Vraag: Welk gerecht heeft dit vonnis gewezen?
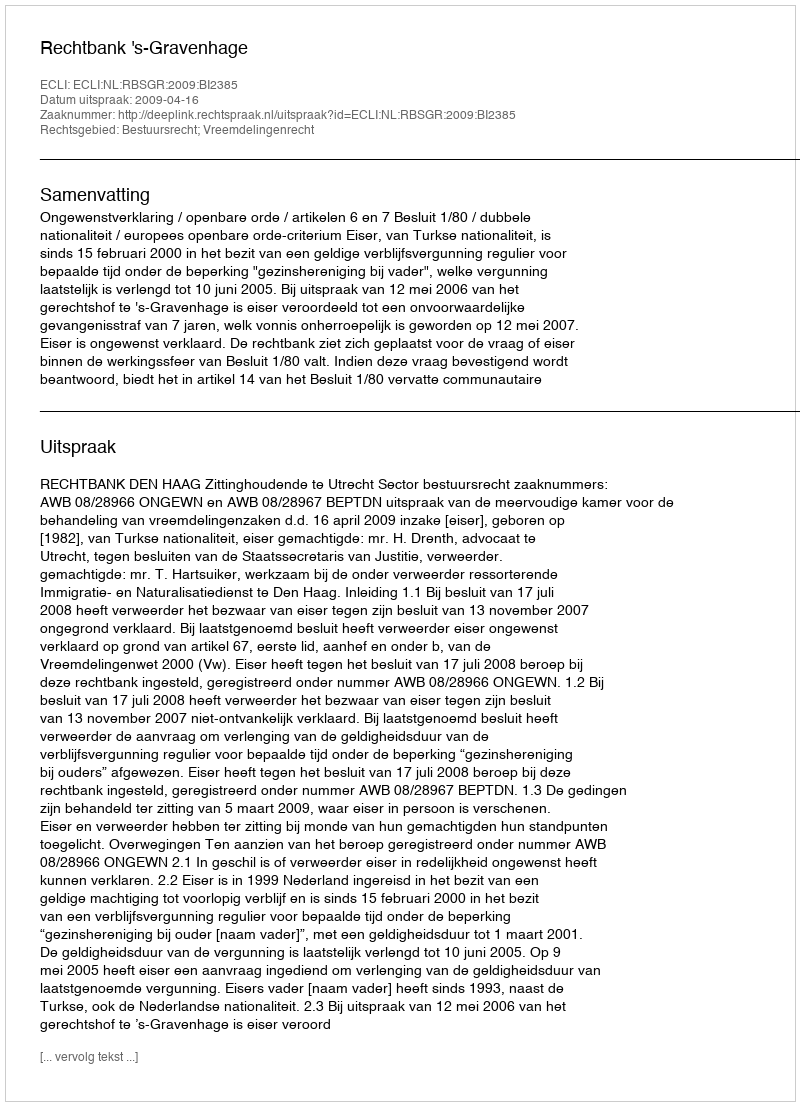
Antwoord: Rechtbank 's-Gravenhage